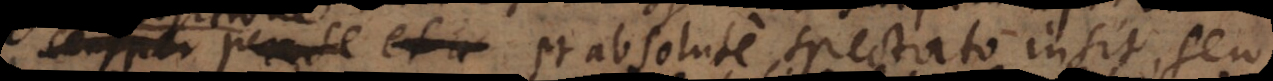
per se et absolute spectato insit, seu